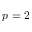
p = 2